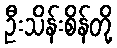
ဦးသိန်းစိန်တို့